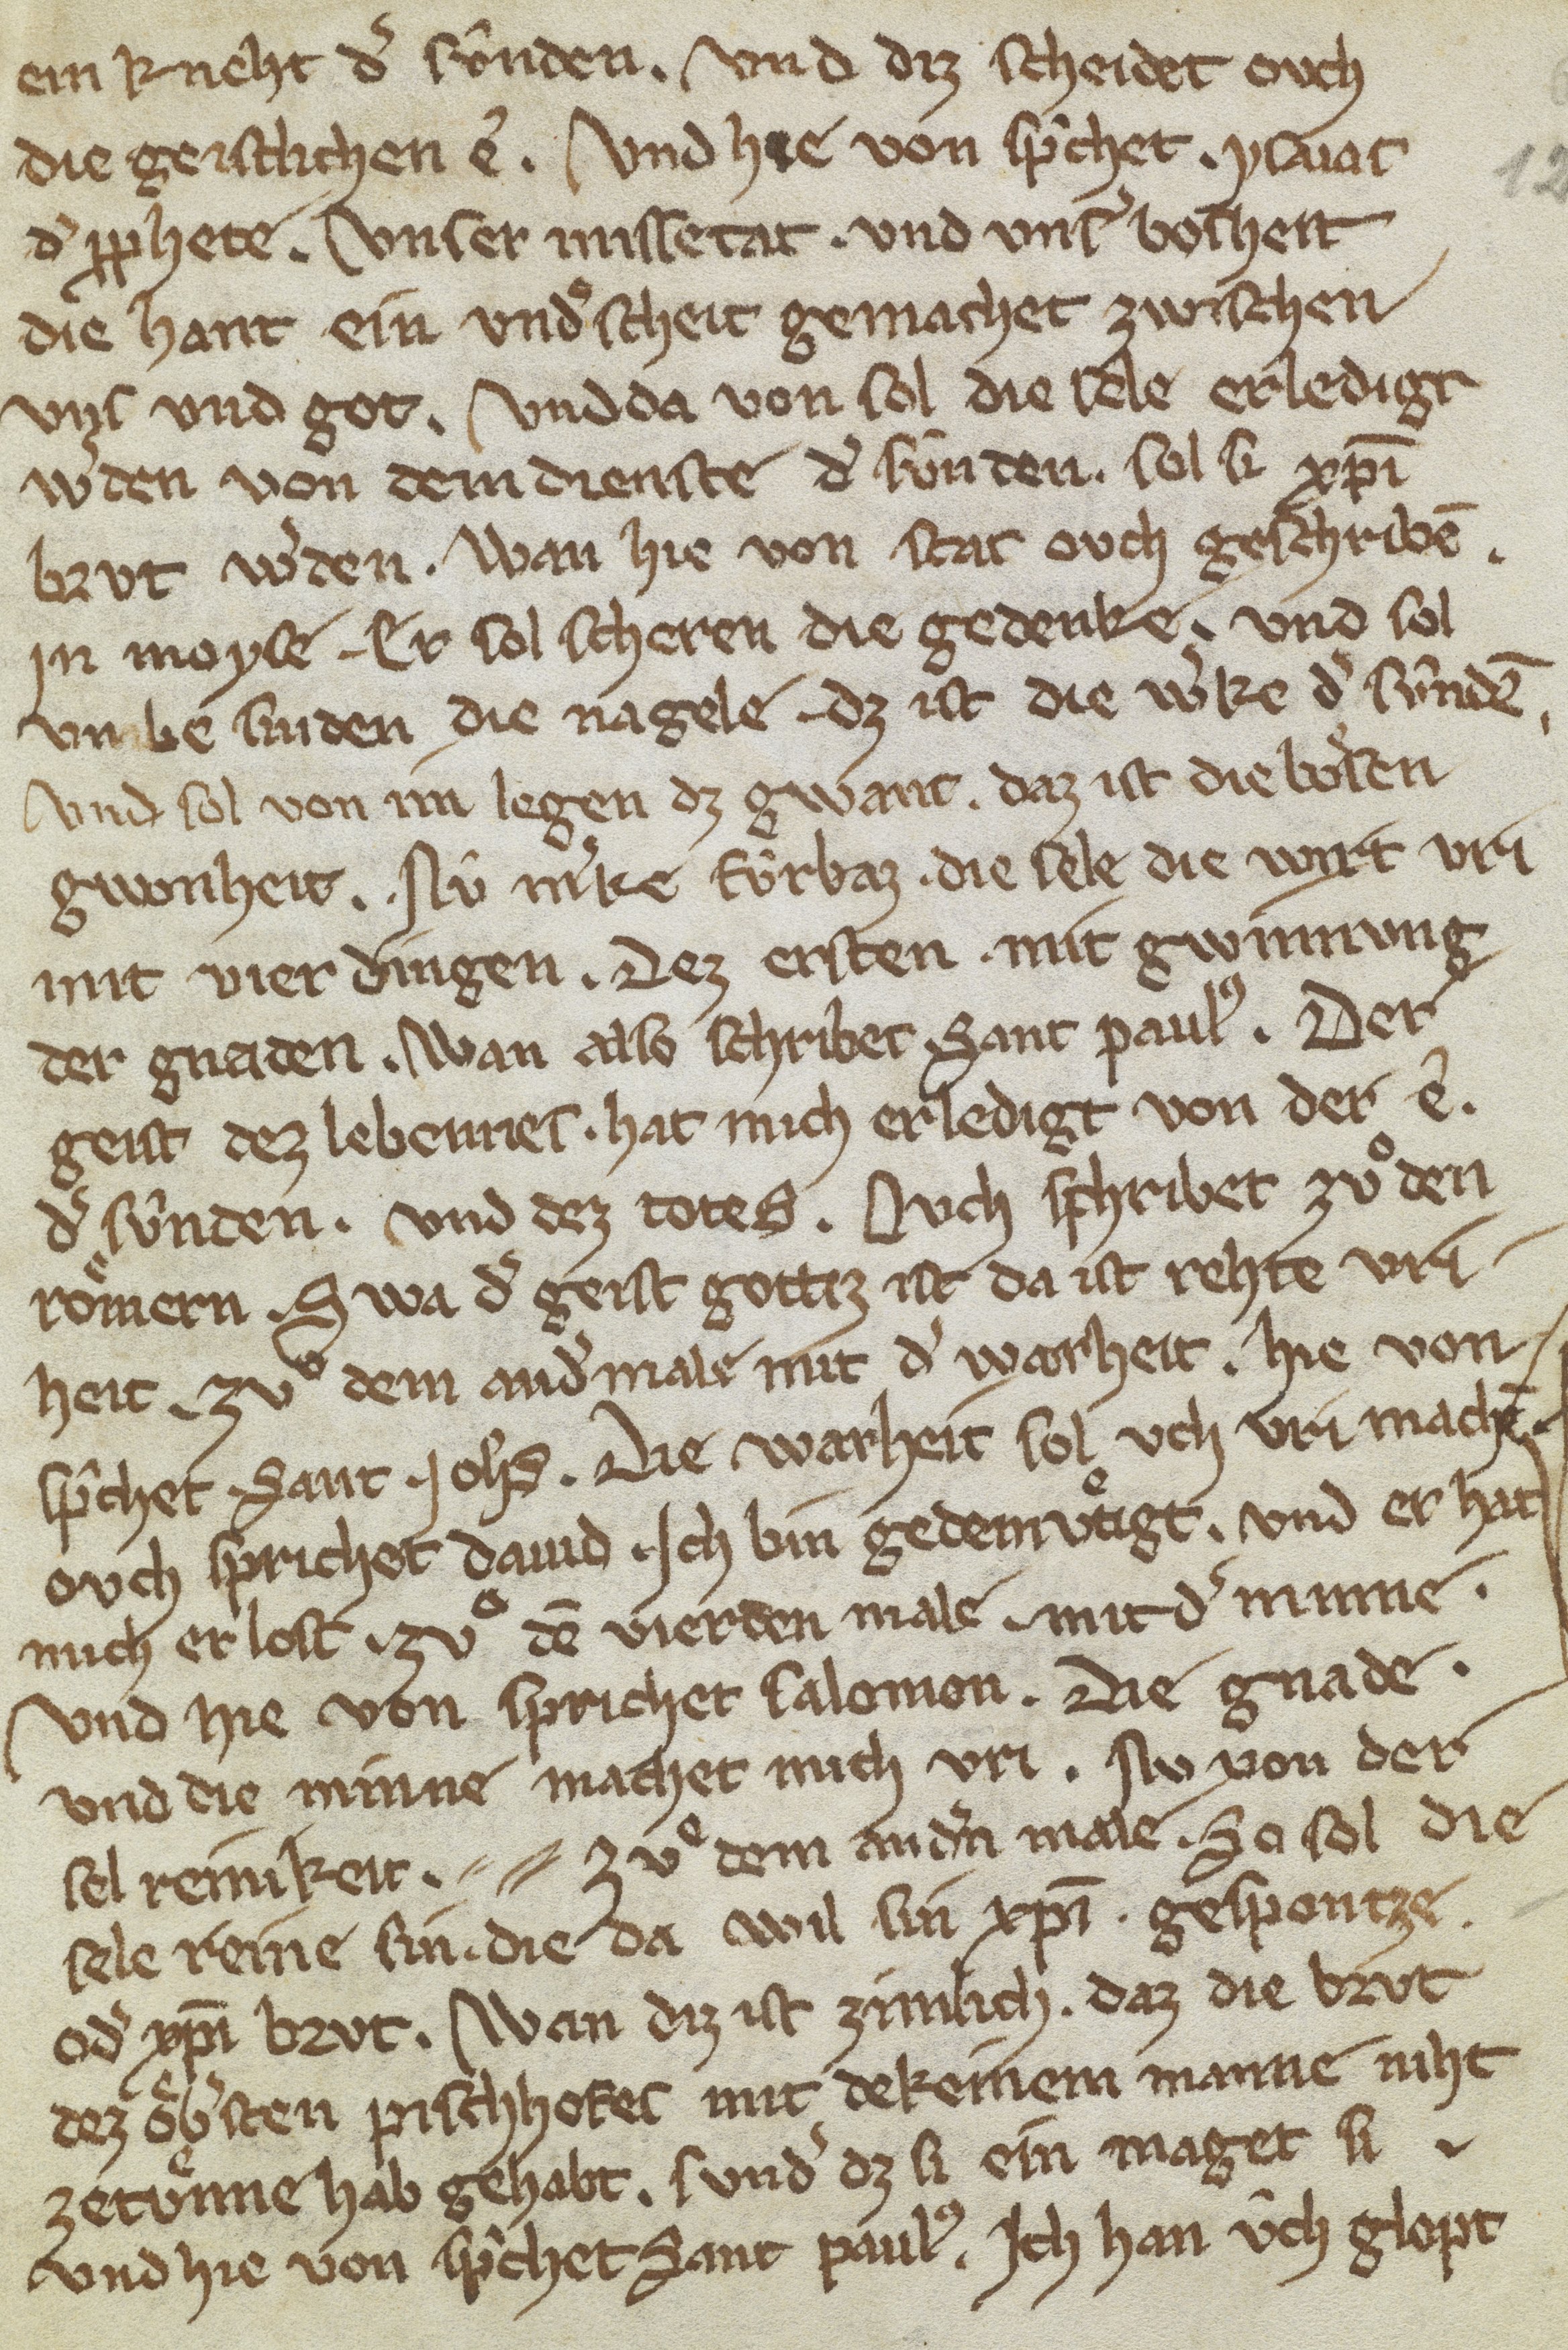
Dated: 1300–1399